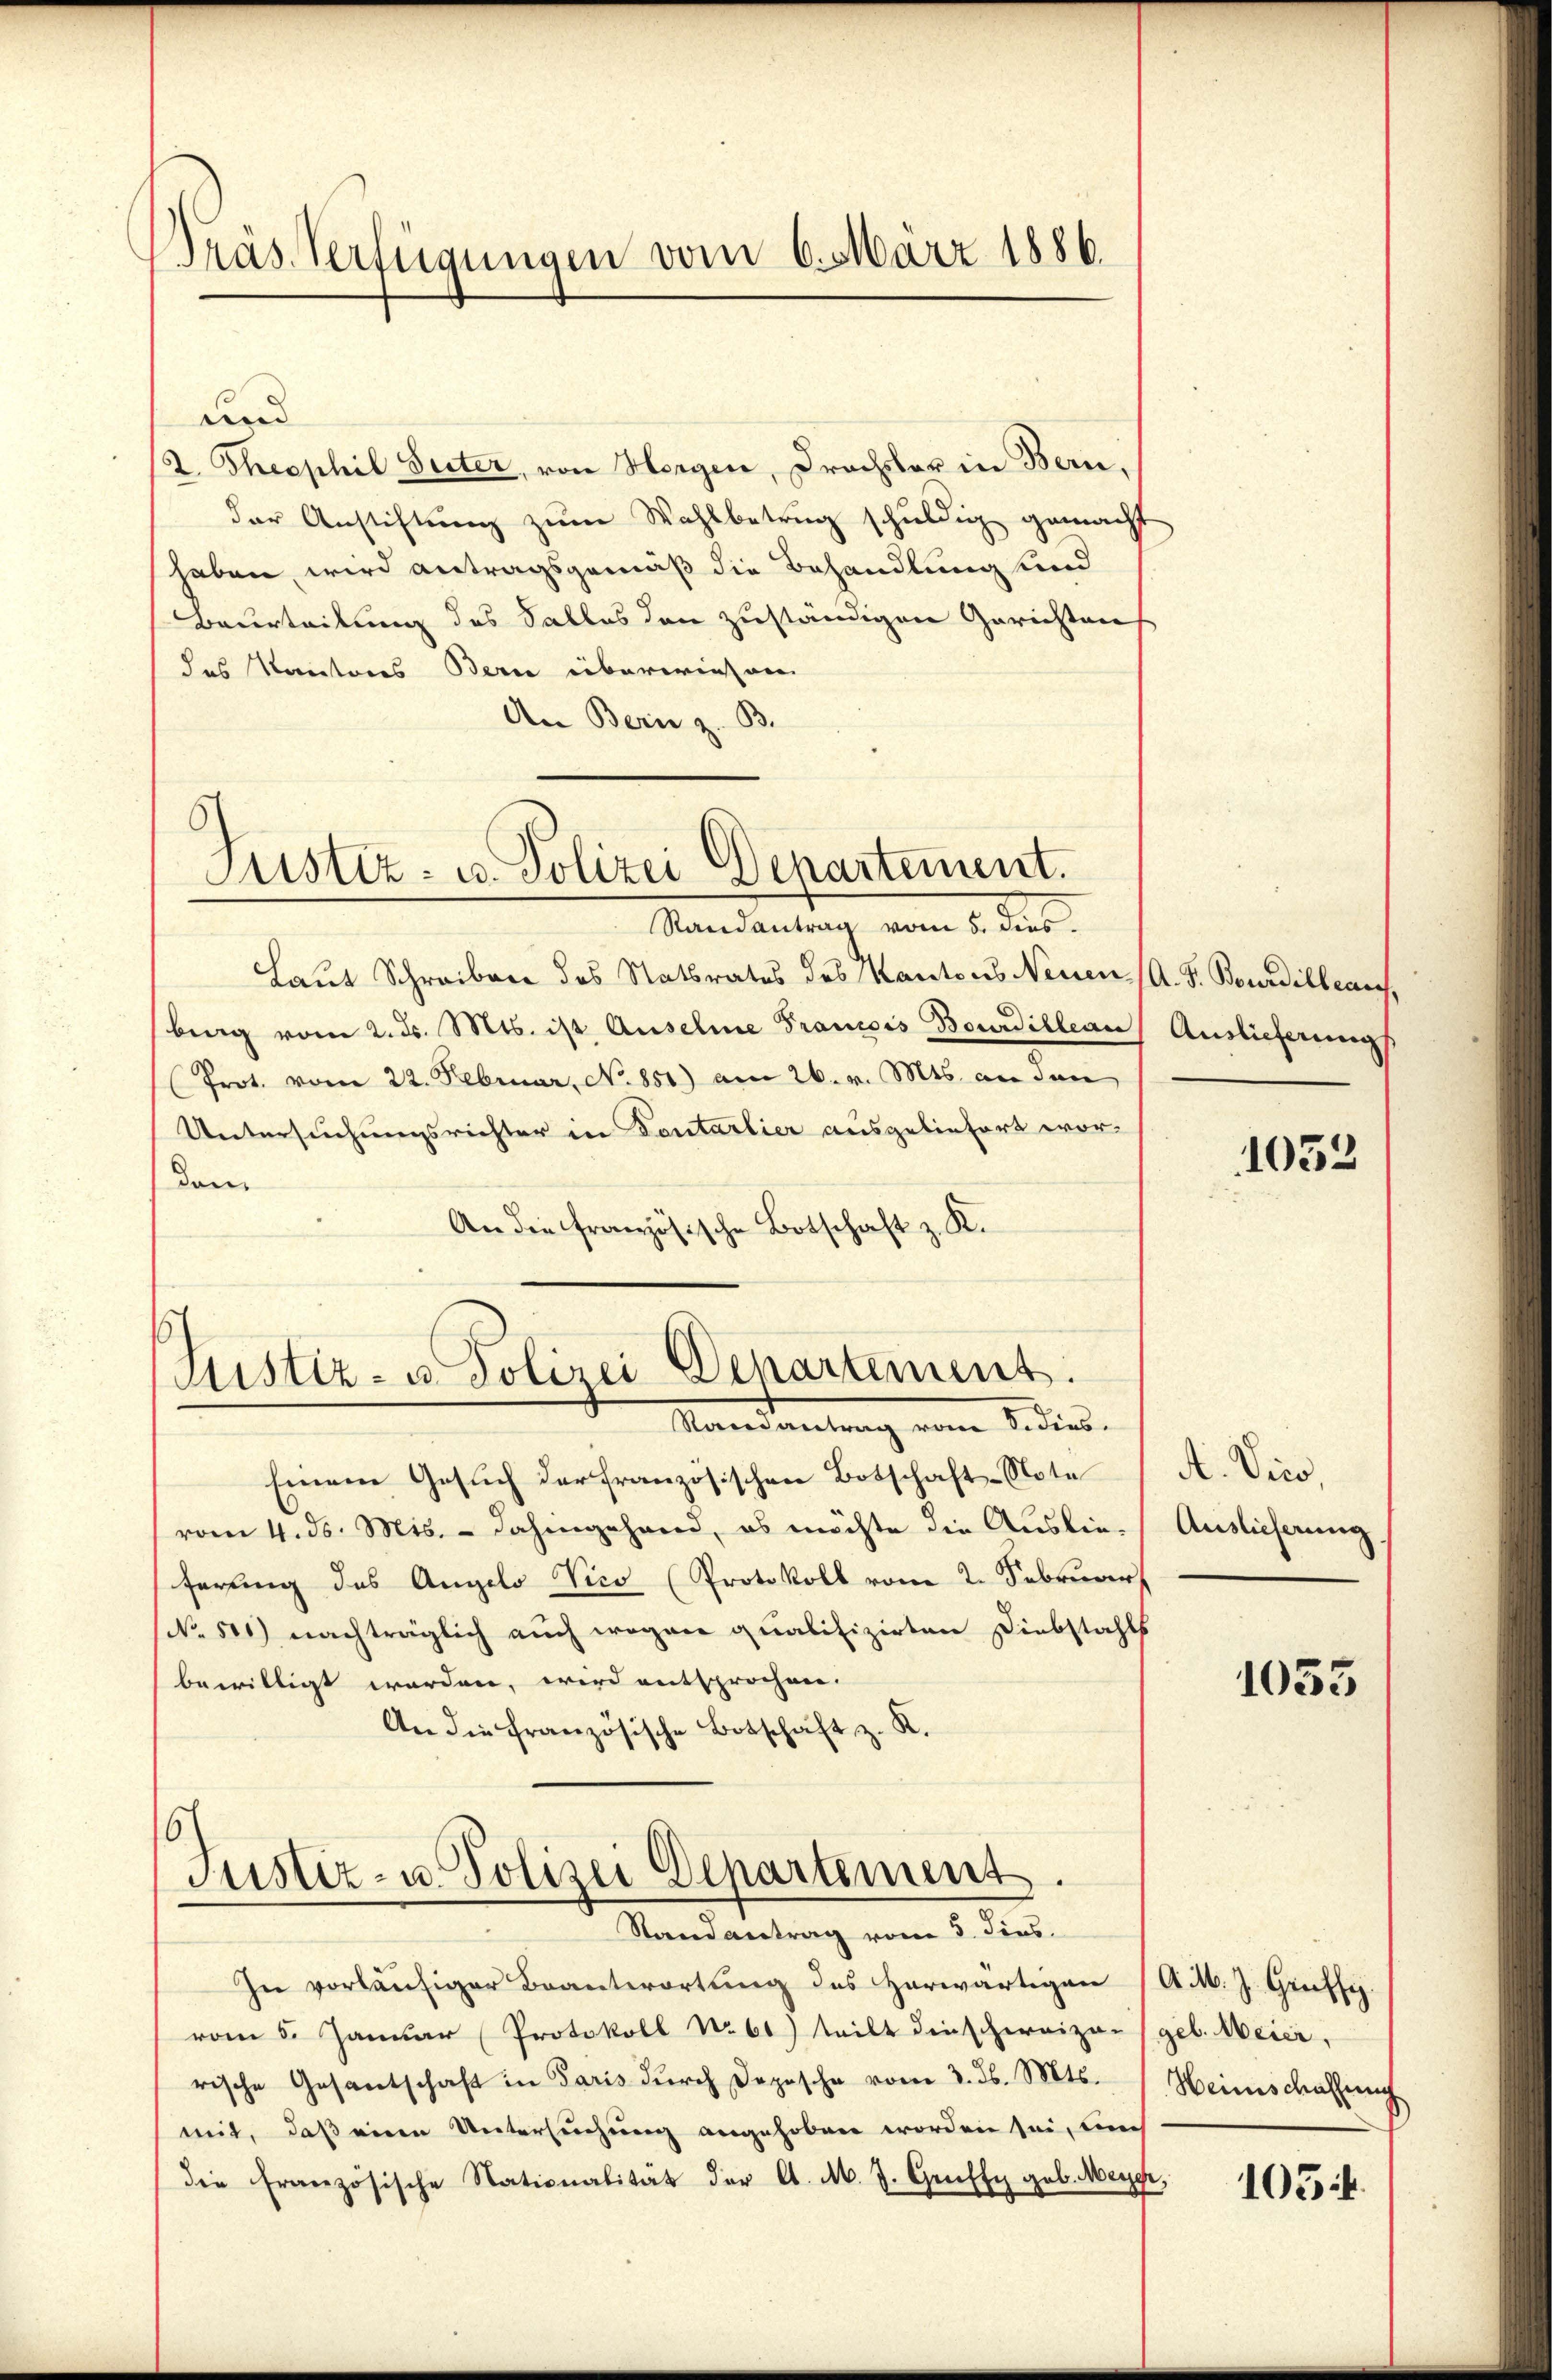
Präs. Verfügungen vom 6. März 1886.

und
2. Theophil Seiter, von Horgen, Drachsler in Bern,
der Anstiftung zum Wahlbetrug schuldig gemacht
haben, wird antragsgemäß die Behandlung unnd
Beurteilung des Salles den zuständigen Gerichtens
des Kantons Bern überwiesene
An Bern z. B.

Justiz- u. Polizei Departement.

Randantrag vom 5. dies
Laut Schreiben des Statsrates des Kantons Neuen (A. F. Bourdilleare,
berg vom 2. ds. Mts. ist Auselne Francois Bourdilleau Auslieferung
Prot. vom 22. Februar, No. 851) am 26. v. Mts. an den
Untersuchungsrichter in Fontarlier ausgeliefert wordom
An die französische Botschaft z. K.

Justiz- u. Polizei Departement.
Mandantung vom 8. dies

Einem Gesuch der französischen Botschaft-Note
vom 4. ds. Mis. - dahingehand, es möchte die Auslieferting des Angelo Vico Protokoll vom 2. Februar
No. 501) nachträglich auch wegen qualifizirten Diebstahls
bewilligt werden, wird entsprochen.
An die französische Botschaft z. K.
6
Justiz- u. Polizei Departement.

Randantrag vom 5. dies
In vorläufiger Beantwortung des herwärtigen (AM. J. Greffe
vom 5. Januar Protokoll No 61) teilt dieschereizer (geb. Meier,
rische Gesantschaft in Paris dŭrch Depesche vom 3. d. Mts. / Heimschaffung
mit, daß einen Untersuchung angehoben worden sei, un
die französische Nationalität der A. M. J. Graffy geb. Meyer,

1032

A. Vico,
Auslieferung

1053

105f.